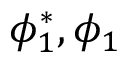
\phi _ { 1 } ^ { * } , \phi _ { 1 }